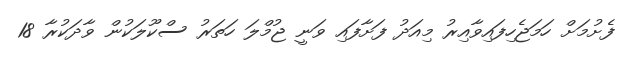
ފެށުމަށް ހަމަޖެހިފައިވާއިރު މިއަދު ފަށާފައި ވަނީ ޖުމްލަ ހަތަރު ސްކޫލަކުން ވާދަކުރާ 18